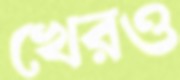
খেরও